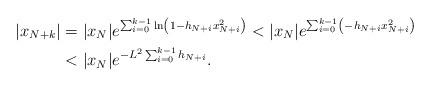
LaTeX: \begin{align*}|x_{N+k}| &= |x_N|e^{\sum_{i=0}^{k-1} \ln\left(1-h_{N+i} x_{N+i}^2 \right)} < |x_N| e^{\sum_{i=0}^{k-1} \left(-h_{N+i} x_{N+i}^2 \right)} \\&< |x_N| e^{-L^2\sum_{i=0}^{k-1} h_{N+i}}.\end{align*}